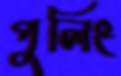
পুলিং